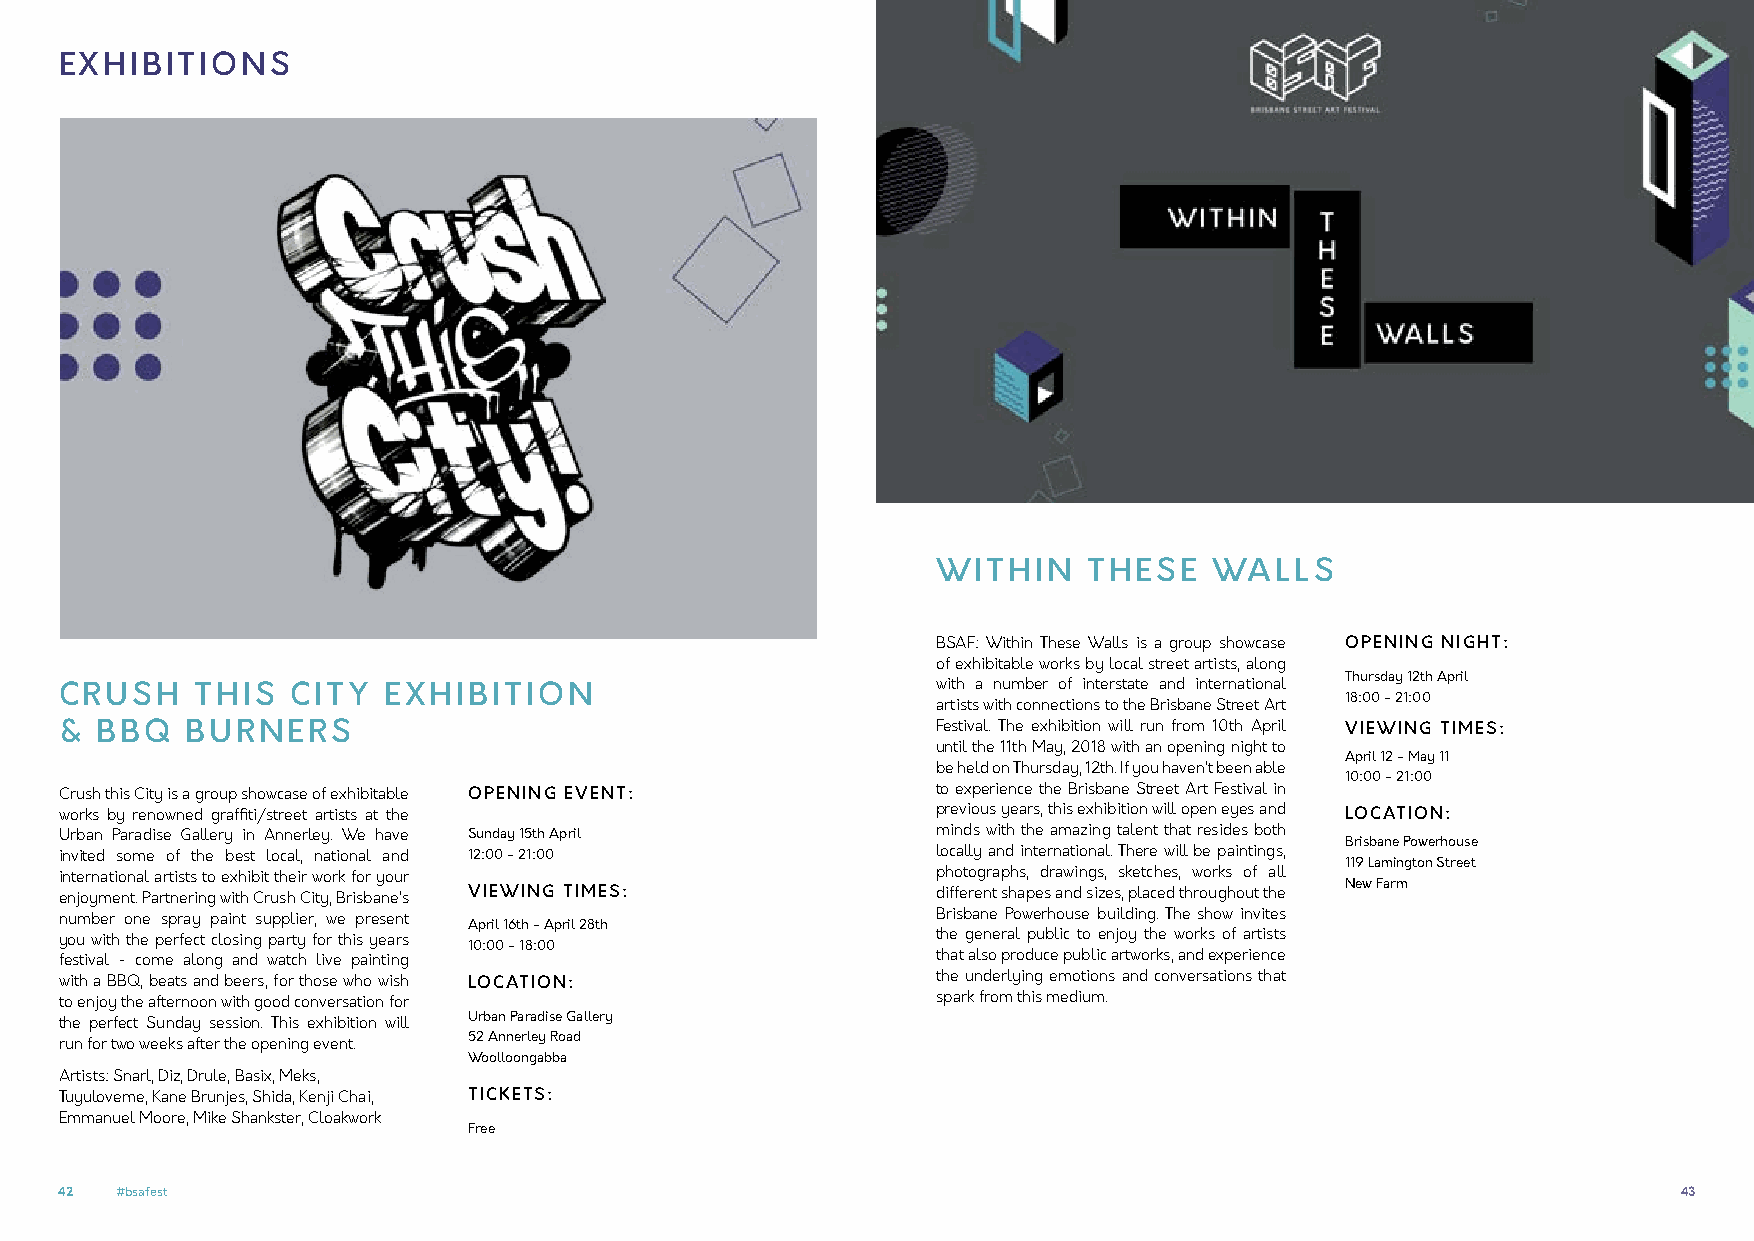
EXHIBITIONS
 WITHIN    THESE   WALLS
 BSAF: Within These Walls is a group showcase OPENING NIGHT:
 of exhibitable works by local street artists, along
 Thursday 12th April
 CRUSH    THIS  CITY  EXHIBITION                           with a number of interstate and international
 18:00 - 21:00
 artists with connections to the Brisbane Street Art
 & BBQ   BURNERS                                           Festival. The exhibition will run from 10th April VIEWING TIMES:
 until the 11th May, 2018 with an opening night to
 April 12 - May 11
 be held on Thursday, 12th. If you haven’t been able
 10:00 - 21:00
 Crush this City is a group showcase of exhibitable OPENING EVENT: to experience the Brisbane Street Art Festival in
 works by renowned graffiti/street artists at the          previous years, this exhibition will open eyes and LOCATION:
 Urban Paradise Gallery in Annerley. We have Sunday 15th April minds with the amazing talent that resides both
 Brisbane Powerhouse
 invited some of the best local, national and 12:00 - 21:00 locally and international. There will be paintings,
 119 Lamington Street
 international artists to exhibit their work for your      photographs, drawings, sketches, works of all
 New Farm
 enjoyment. Partnering with Crush City, Brisbane’s VIEWING TIMES: different shapes and sizes, placed throughout the
 number one spray paint supplier, we present               Brisbane Powerhouse building. The show invites
 April 16th - April 28th
 you with the perfect closing party for this years         the general public to enjoy the works of artists
 10:00 - 18:00
 festival - come along and watch live painting             that also produce public artworks, and experience
 with a BBQ, beats and beers, for those who wish LOCATION: the underlying emotions and conversations that
 to enjoy the afternoon with good conversation for         spark from this medium.
 the perfect Sunday session. This exhibition will Urban Paradise Gallery
 run for two weeks after the opening event. 52 Annerley Road
 Woolloongabba
 Artists: Snarl, Diz, Drule, Basix, Meks,
 Tuyuloveme, Kane Brunjes, Shida, Kenji Chai, TICKETS:
 Emmanuel Moore, Mike Shankster, Cloakwork
 Free
 42  #bsafest                                                                                               43